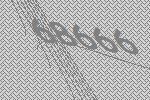
68666